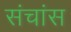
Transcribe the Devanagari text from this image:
संचांस